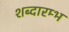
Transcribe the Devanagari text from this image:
शब्दारम्भ